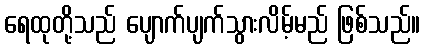
ရေထုတို့သည် ပျောက်ပျက်သွားလိမ့်မည် ဖြစ်သည်။